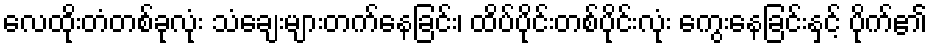
လေထိုးတံတစ်ခုလုံး သံချေးများတက်နေခြင်း၊ ထိပ်ပိုင်းတစ်ပိုင်းလုံး ကွေးနေခြင်းနှင့် ပိုက်၏